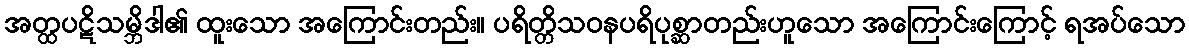
အတ္ထပဋိသမ္ဘိဒါ၏ ထူးသော အကြောင်းတည်း။ ပရိတ္တိသဝနပရိပုစ္ဆာတည်းဟူသော အကြောင်းကြောင့် ရအပ်သော